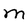
Character: M